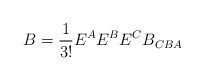
\begin{align*}B = \frac{1}{3!}E^{A}E^{B}E^{C}B_{CBA}\end{align*}